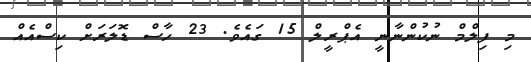
މި ފިލްމް ނުކުންނާނީ އެޕްރީލް 15 ގައެވެ. 23 ހާސް ޑޮލަރަށް ކިސްއެއް